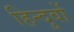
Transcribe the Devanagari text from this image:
हिन्दुवों